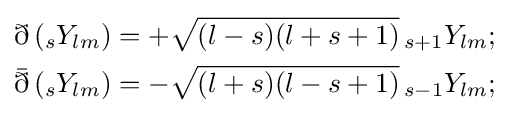
{\begin{aligned}\eth \left({}_{s}Y_{lm}\right)&=+{\sqrt {(l-s)(l+s+1)}}\,{}_{s+1}Y_{lm};\\{\bar {\eth }}\left({}_{s}Y_{lm}\right)&=-{\sqrt {(l+s)(l-s+1)}}\,{}_{s-1}Y_{lm};\end{aligned}}